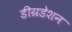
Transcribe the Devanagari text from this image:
डीग्रडेशन